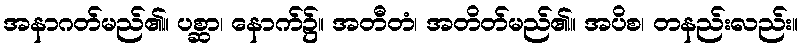
အနာဂတ်မည်၏။ ပစ္ဆာ၊ နောက်၌။ အတီတံ၊ အတိတ်မည်၏။ အပိစ၊ တနည်းလည်း။